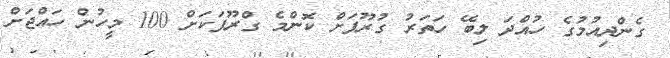
ގެންދިއުމުގެ ހުއްދަ ލިބޭ ހަތަރު ގުރޫޕަށް ކޮންމެ ގްރޫޕަކަށް 100 މީހުން ހައްޖަށް